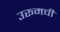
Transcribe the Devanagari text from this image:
उरूमची